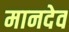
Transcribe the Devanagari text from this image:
मानदेव